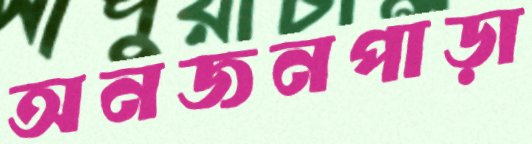
অনজনপাড়া